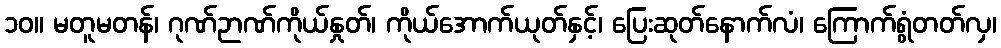
၁၀။ မတူမတန်၊ ဂုဏ်ဉာဏ်ကိုယ်နှုတ်၊ ကိုယ်အောက်ယုတ်နှင့်၊ ပြေးဆုတ်နောက်လံ၊ ကြောက်ရွံတတ်လှ၊